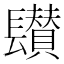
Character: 𨲽